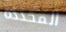
المحددة